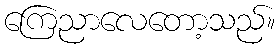
ကြေညာလေတော့သည်။